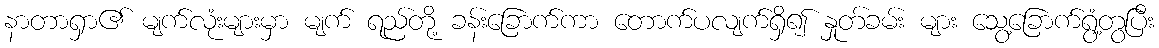
နာတာရှာ၏ မျက်လုံးများမှာ မျက် ရည်တို့ ခန်းခြောက်ကာ တောက်ပလျက်ရှိ၍ နှုတ်ခမ်း များ သွေ့ခြောက်ရွံ့တွပြီး